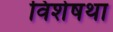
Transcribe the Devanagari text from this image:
विशेषथा